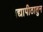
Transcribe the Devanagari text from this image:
विद्यापीठातुन